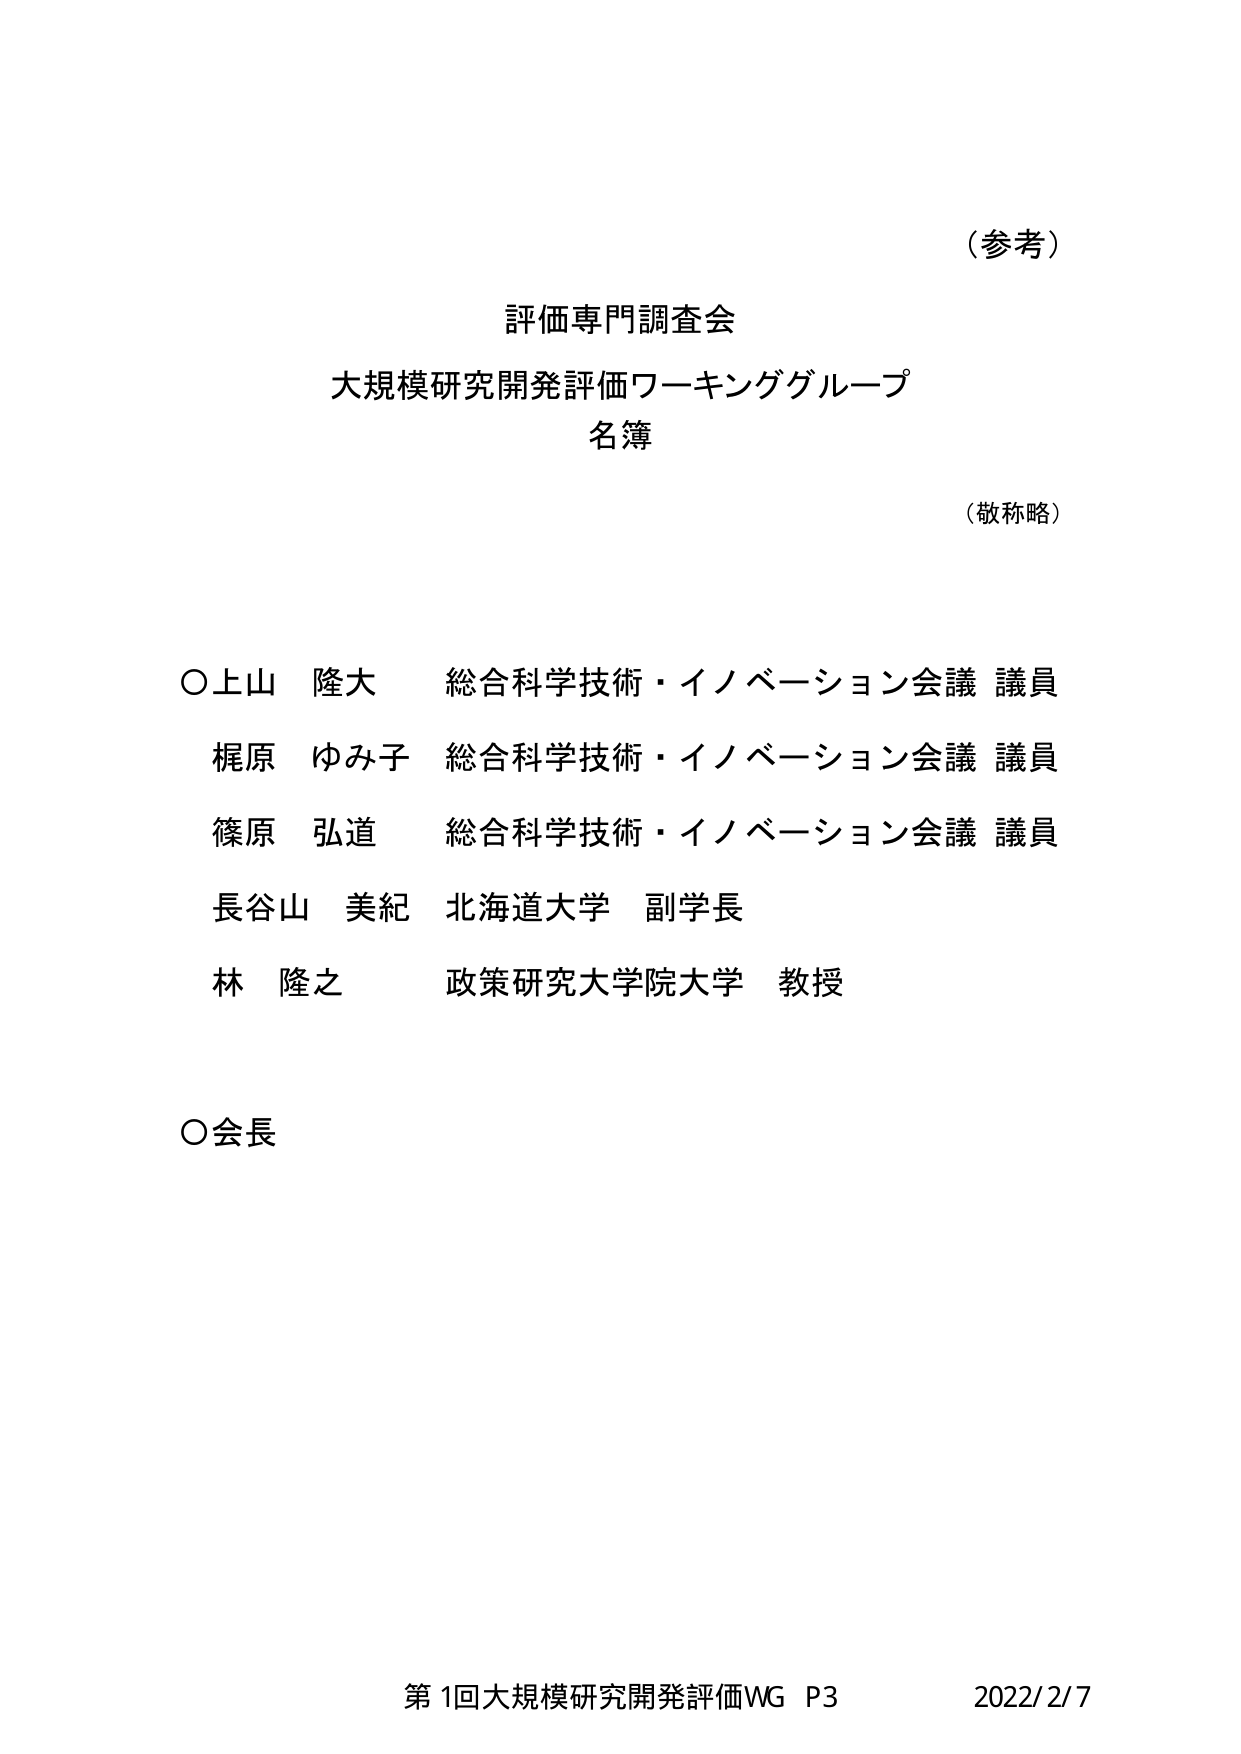
（参考）

評価専門調査会
大規模研究開発評価ワーキンググループ
名簿

（敬称略）

○上山 隆大 総合科学技術・イノベーション会議 議員
梶原 ゆみ子 総合科学技術・イノベーション会議 議員
篠原 弘道 総合科学技術・イノベーション会議 議員
長谷山 美紀 北海道大学 副学長
林 隆之 政策研究大学院大学 教授

○会長

第1回大規模研究開発評価WG P3 2022/2/7